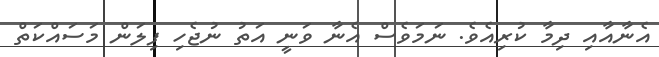
އެނާއާއި ދިމާ ކުރިއެވެ. ނަމަވެސް އެނާ ވަނީ އަތު ނުޖެހި ފިލަން މަސައްކަތް